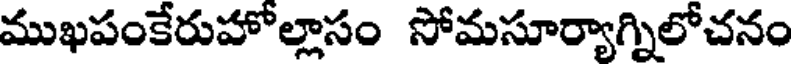
ముఖపంకేరుహోల్లాసం సోమసూర్యాగ్నిలోచనం